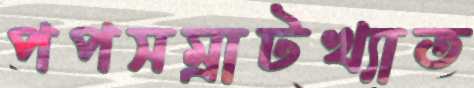
পপসম্রাটখ্যাত